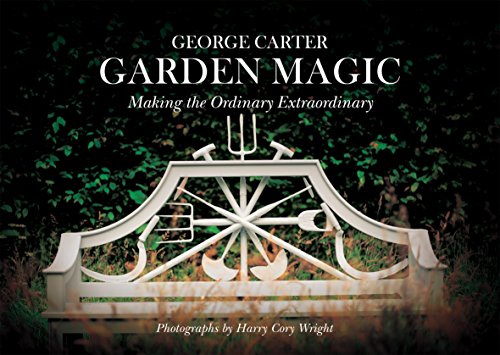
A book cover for George's Magic Garden: Transforming the Ordinary into the Extraordinary; George Carter; Crafts, Hobbies & Home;